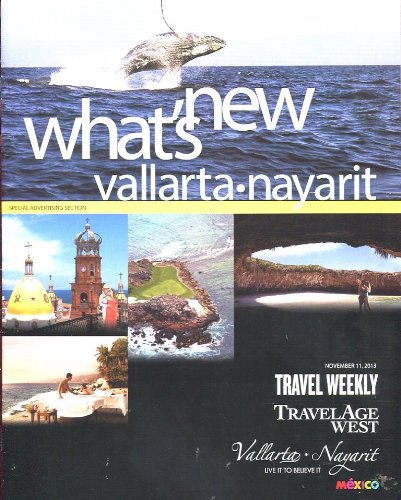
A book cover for MEXICO: WHAT'S NEW VALLARTA - NAYARIT 2013 /COLORFUL AND INDISPENSABLE BROCHURE; TW; Travel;